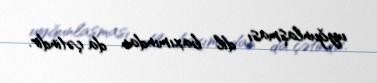
uyğunlaşması dil baxımından da çətindir.